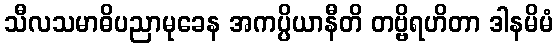
သီလသမာဓိပညာမုခေန အကပ္ပိယာနီတိ တဗ္ဗိရဟိတာ ဒါနမိမံ